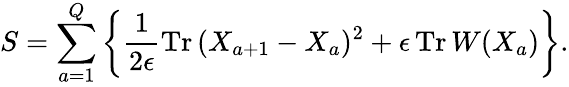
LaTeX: S=\sum_{a=1}^{Q}\left\{ \frac{1}{2\epsilon}\mathrm{Tr}\, (X_{a+1}-X_{a})^{2}+\epsilon\, \mathrm{Tr}\, W(X_{a})\right\} .